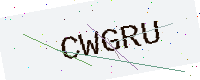
Text: CWGRU